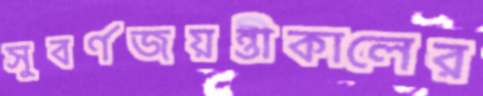
সুবর্ণজয়ন্তীকালের